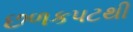
છળકપટથી